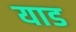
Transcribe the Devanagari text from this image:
याड